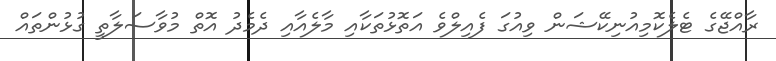
ރާއްޖޭގެ ޓެލެކޮމިއުނިކޭޝަން ވިއުގަ ފެއިލްވެ އަތޮޅުތަކާއި މާލެއާއި ދެމެދު އޮތް މުވާސަލާތީ ގުޅުންތައް